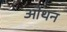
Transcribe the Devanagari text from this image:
ओथन